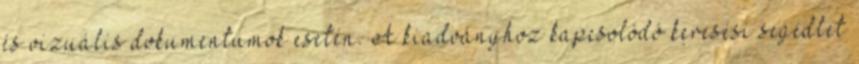
és vizuális dokumentumok esetén. A kiadványhoz kapcsolódó keresési segédlet